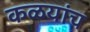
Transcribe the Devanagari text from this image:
कळयांच